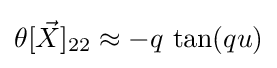
\theta [{\vec {X}}]_{22}\approx -q\,\tan(qu)